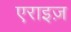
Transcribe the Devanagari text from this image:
एराइज़